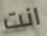
انت